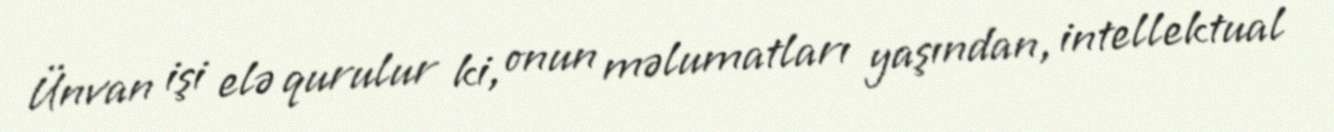
Ünvan işi elə qurulur ki, onun məlumatları yaşından, intellektual